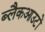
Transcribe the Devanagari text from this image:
ब्लैकआउटों